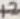
Text: 12